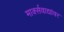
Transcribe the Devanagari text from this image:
मार्क्‍सवाद्यांवर